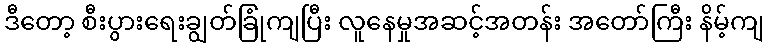
ဒီတော့ စီးပွားရေးချွတ်ခြုံကျပြီး လူနေမှုအဆင့်အတန်း အတော်ကြီး နိမ့်ကျ